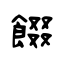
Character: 餟